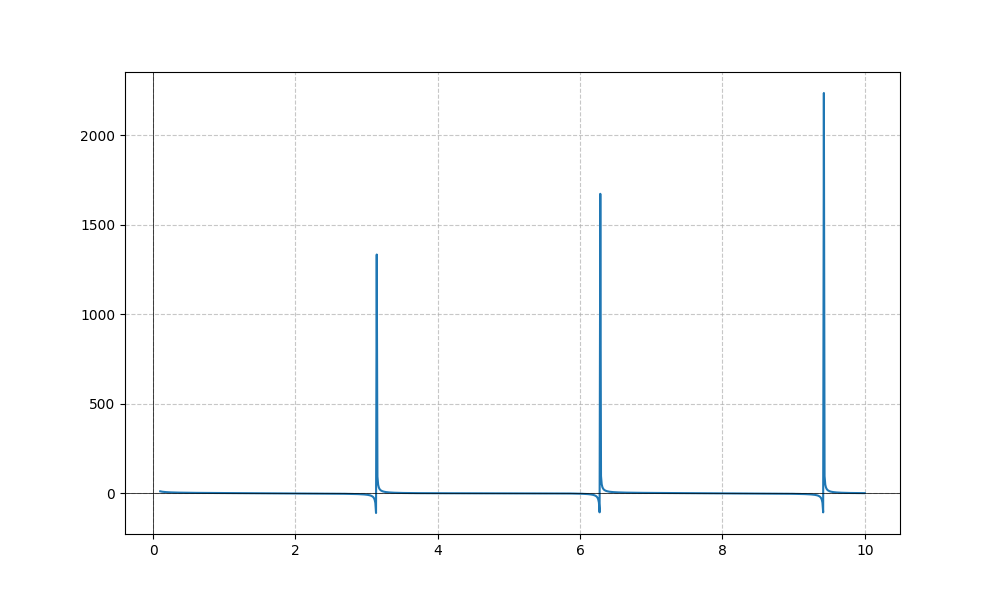
LaTeX formula: \cos{\left(x \right)} + \cot{\left(x \right)}